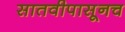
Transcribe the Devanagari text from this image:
सातवीपासूनच